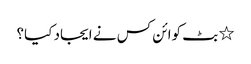
٭ بٹ کوائن کس نے ایجاد کیا؟